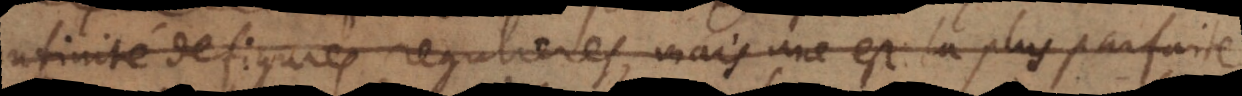
infinité de figures regulieres, mais une est la plus parfaite,